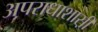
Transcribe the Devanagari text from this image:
अपराधाशास़ी